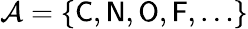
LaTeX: \mathcal{A}=\{ \textsf{C},\textsf{N},\textsf{O},\textsf{F},\ldots\}